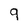
Character: 9